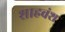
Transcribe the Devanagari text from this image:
शाहवंश